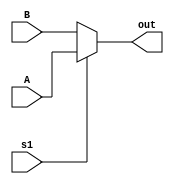
`timescale 1ns / 1ps
//////////////////////////////////////////////////////////////////////////////////
// Company: 
// Engineer: 
// 
// Design Name: 
// Module Name:    MUX 
// Project Name: 
// Target Devices: 
// Tool versions: 
// Description: 
//
// Dependencies: 
//
// Revision: 
// Revision 0.01 - File Created
// Additional Comments: 
//
//////////////////////////////////////////////////////////////////////////////////
module mux_32b_1sig(
	A,B,
	s1,
	out
	);
	input[31:0]A,B;
	input s1;
	output[31:0]out;
	
	assign out = (s1) ? A : B;

endmodule

module mux_5b_1sig(
	A,B,
	s1,
	out
	);
	input[4:0]A,B;
	input s1;
	output[4:0]out;
	
	assign out = (s1) ? A : B;

endmodule

module mux_5b_2sig(
	A,B,C,
	s1,s2,
	out
   );
	input[4:0]A,B,C;
	input s1,s2;
	output[4:0]out;
	
	assign out = 
		(s1) ? A :
		(s2) ? B : C;

endmodule

module mux_32b_2sig(
	A,B,C,
	s1,s2,
	out
   );
	input[31:0]A,B,C;
	input s1,s2;
	output[31:0]out;
	
	assign out = 
		(s1) ? A :
		(s2) ? B : C;

endmodule

module mux_30b_2sig(
	A,B,C,
	s1,s2,
	out
	);
	input[31:2]A,B,C;
	input s1,s2;
	output[31:2]out;
	
	assign out = (s1) ? A :
					 (s2) ? B : C;

endmodule

module mux_32b_3sig(
	A,B,C,D,
	s1,s2,s3,
	out
   );
	input[31:0]A,B,C,D;
	input s1,s2,s3;
	output[31:0]out;
	
	assign out = 
		(s1) ? A :
		(s2) ? B : 
		(s3) ? C : D;

endmodule

module mux_32b_5sig(
	A,B,C,D,E,F,
	s1,s2,s3,s4,s5,
	out
   );
	input[31:0]A,B,C,D,E,F;
	input s1,s2,s3,s4,s5;
	output[31:0]out;
	
	assign out = 
		(s1) ? A :
		(s2) ? B : 
		(s3) ? C :
		(s4) ? D :
		(s5) ? E : F;

endmodule